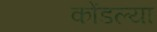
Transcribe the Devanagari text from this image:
कोंडल्या